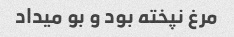
مرغ نپخته بود و بو‌ میداد